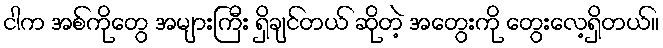
ငါက အစ်ကိုတွေ အများကြီး ရှိချင်တယ် ဆိုတဲ့ အတွေးကို တွေးလေ့ရှိတယ်။